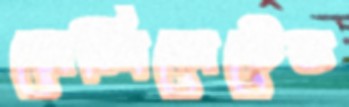
রেলিগেটেড